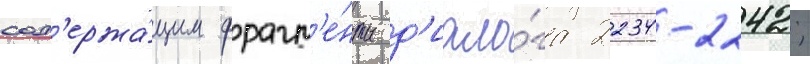
сод'ержа́щим фрагм'е́нты д'иало́га 2234-2242;